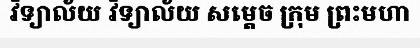
វិទ្យាល័យ វិទ្យាល័យ សម្តេច ក្រុម ព្រះមហា